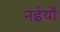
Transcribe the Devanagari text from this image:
नईयाँ